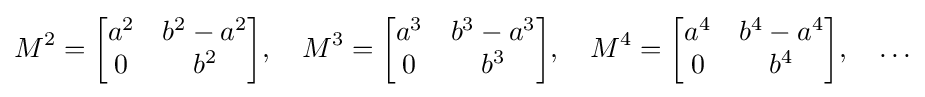
M^{2}={\begin{bmatrix}a^{2}&b^{2}-a^{2}\\0&b^{2}\end{bmatrix}},\quad M^{3}={\begin{bmatrix}a^{3}&b^{3}-a^{3}\\0&b^{3}\end{bmatrix}},\quad M^{4}={\begin{bmatrix}a^{4}&b^{4}-a^{4}\\0&b^{4}\end{bmatrix}},\quad \ldots